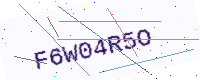
Text: F6W04R5O